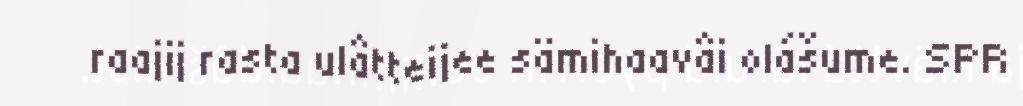
raajij rasta ulâtteijee sämihaavâi olášume. SPR